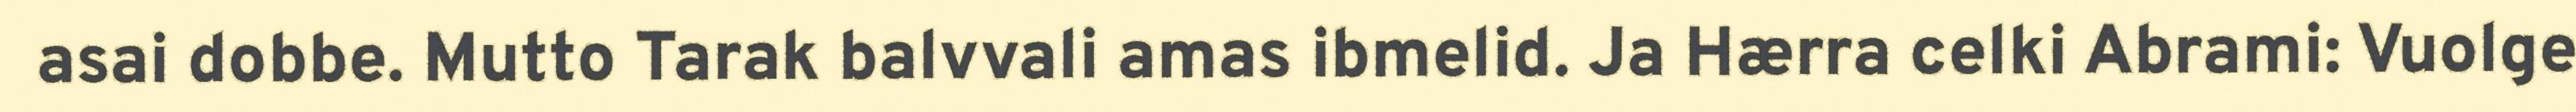
asai dobbe. Mutto Tarak balvvali amas ibmelid. Ja Hærra celki Abrami: Vuolge